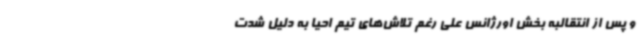
و پس از انتقالبه بخش اورژانس علی رغم تلاش‌های تیم احیا به دلیل شدت